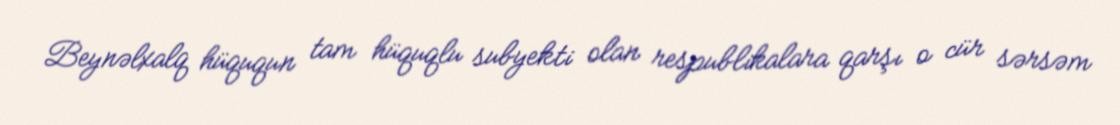
Beynəlxalq hüququn tam hüquqlu subyekti olan respublikalara qarşı o cür sərsəm